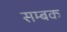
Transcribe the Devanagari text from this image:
सम्बक